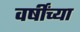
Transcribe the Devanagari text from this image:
वर्षींच्या